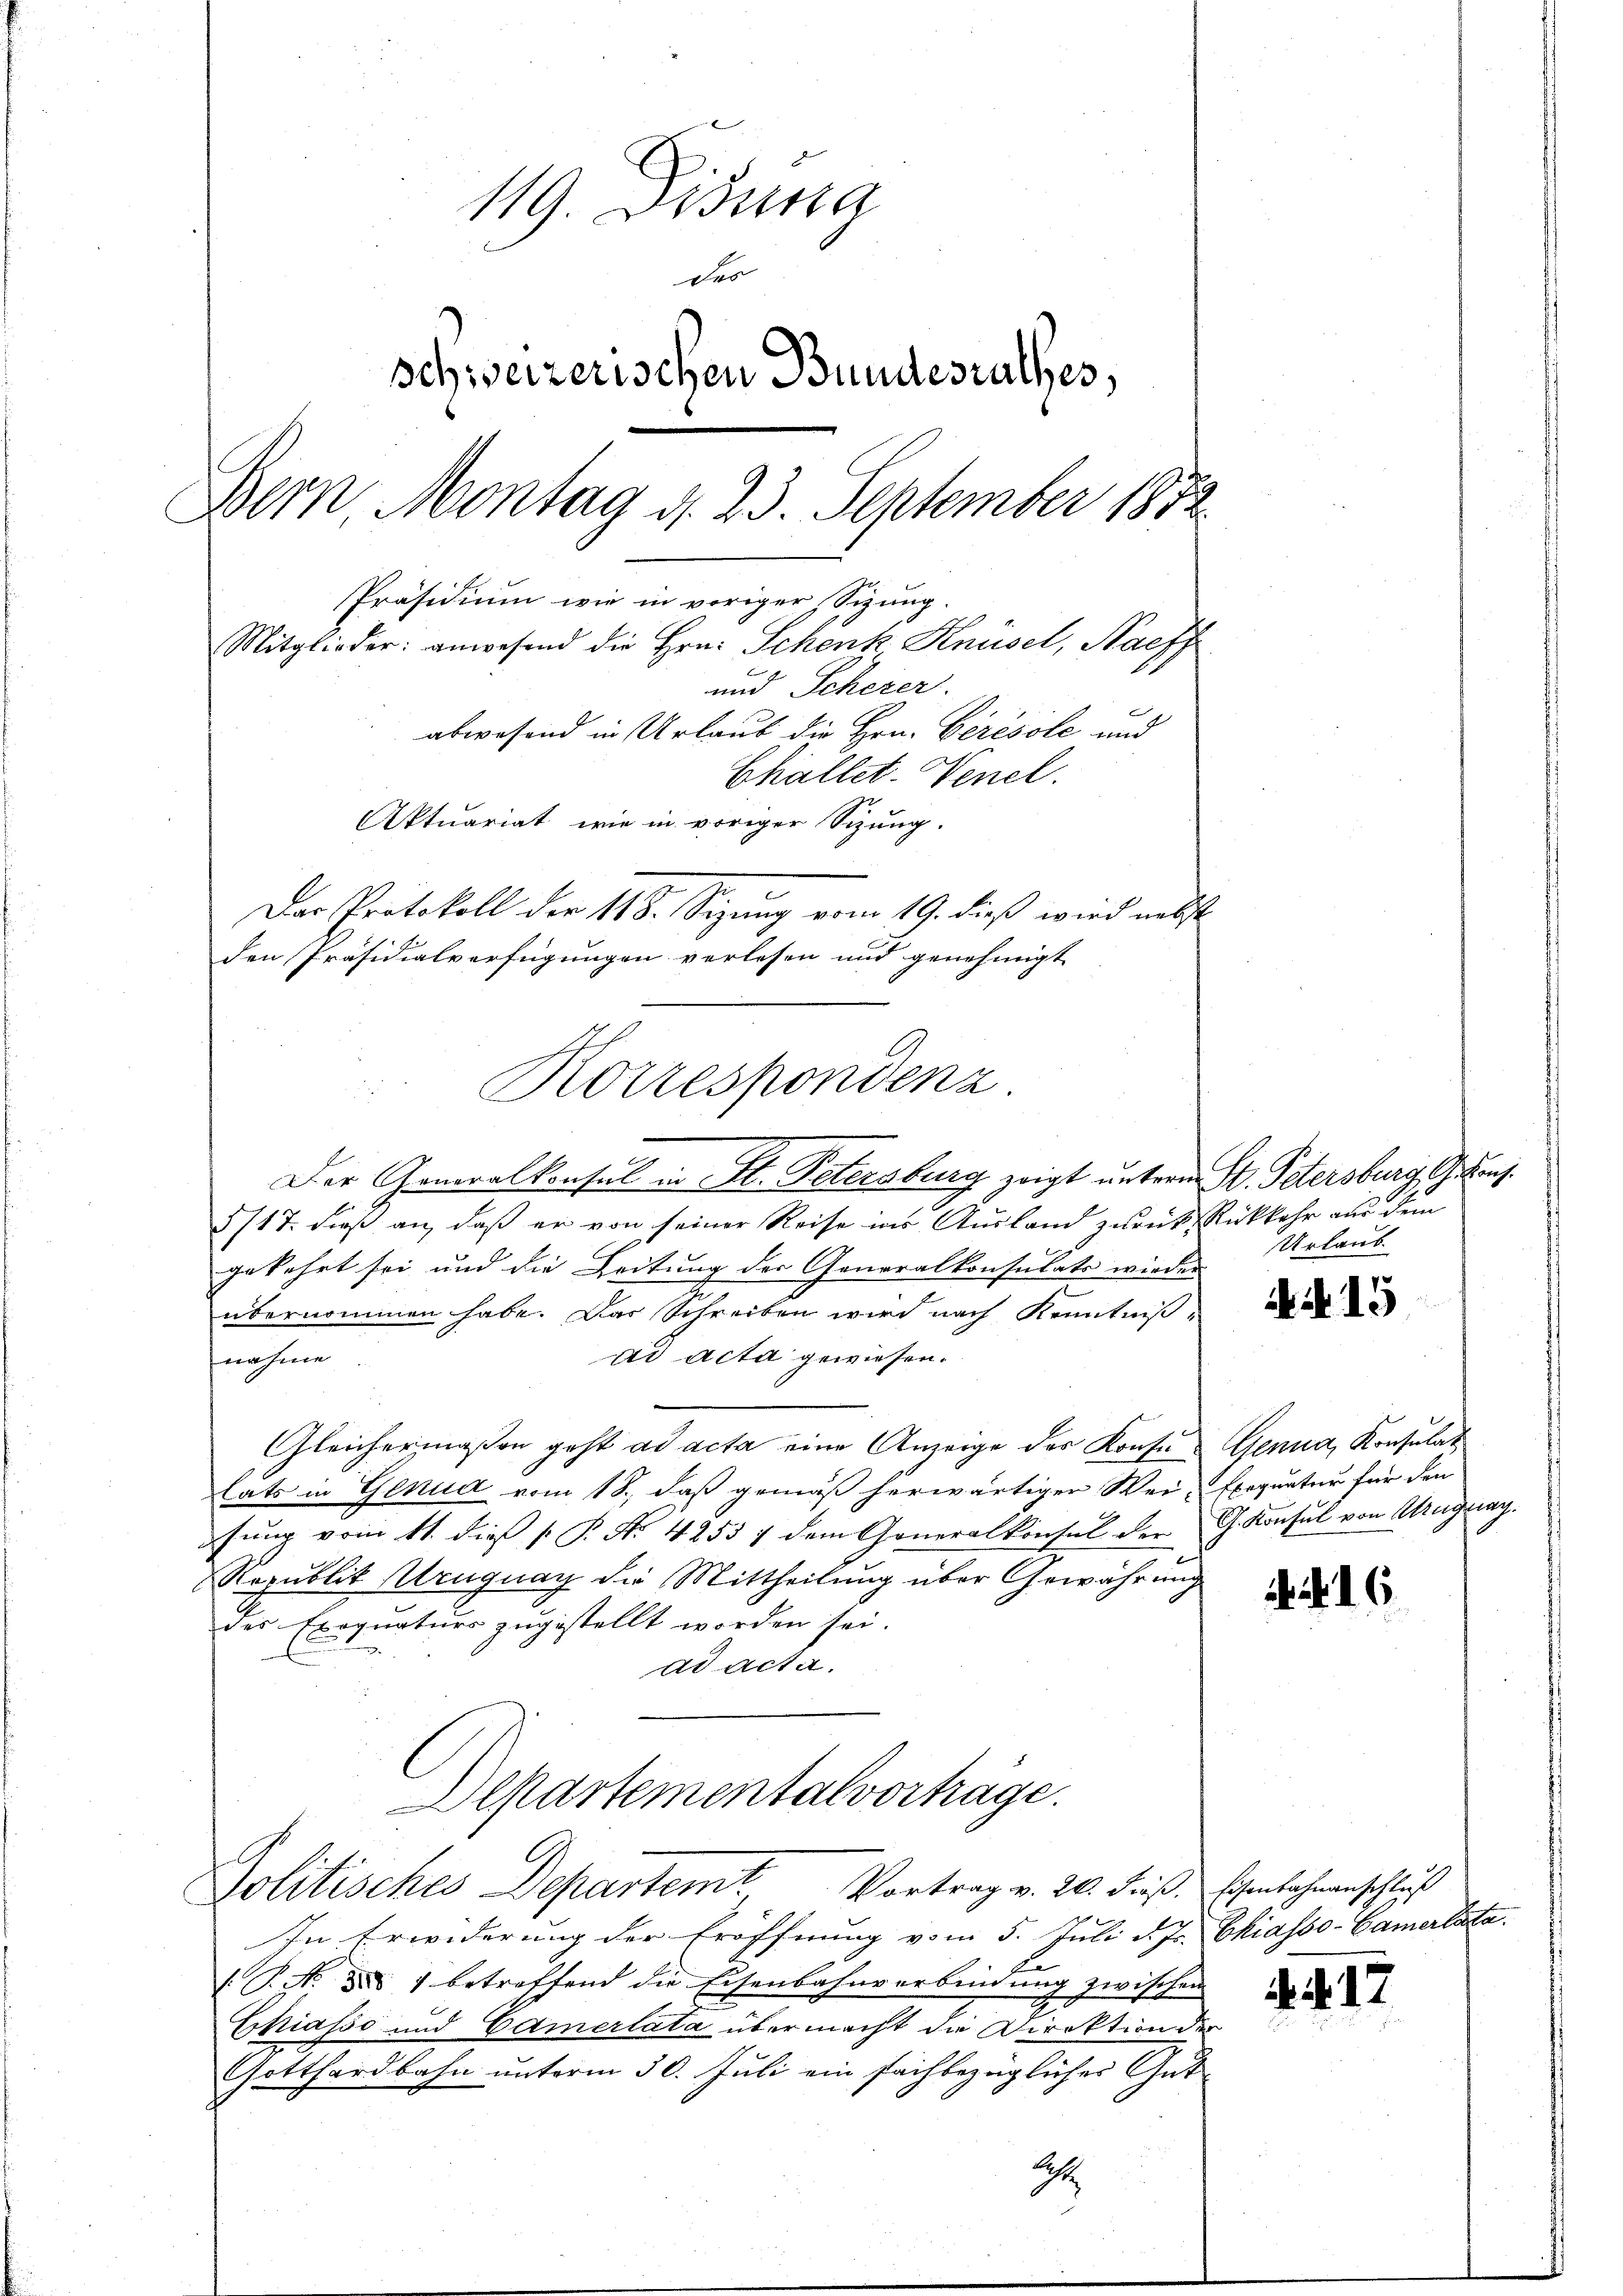
119. Dissen
des
schweizerischen Bundesrathes,
Bern Montag d. 23. September 1872
Präsidium wie in voriger Sizung.
Mitglieder: anwesend die Hrn. Schenk Knüsel, Naeff
und Scherer.
abwesend in Urlaub die Hrn. Cerésole und
Challet. Venel.
Aktuariat, wie in voriger Sitzung.
Der Protokoll der 118. Sizung vom 19. dieß wird nebst
den Präsidialverfügungen verlesen und genehmigt

Korrespondenz

Der Generalkonsul in St. Petersburg zeigt unterm 4. Petersburg, G. kons
5/17. dieß an, daß er von seiner Reise ins Ausland zurück Rückkehr aus dem
gekehrt sei und die Leitung der Generalkonsulate wieder
übernommen habe. Das Schreiben wird nach Kenntnißad acta gewiesen.
nahme.
Gleichermaßen geht ad acta eine Anzeige des Konfu
lats in Genua vom 18., daß gemäß herwärtiger Wei-Exequatur für den
fung vom 11. dieß P. Nr. 4255 / dem Generalkonsul der
Republit Uruguay die Mittheilung über Gewährung
des Exequaturs zugestellt worden sei.
ad acta.
Departementalvorträge.
Politisches Departemt Vortrag v. 20. Fuß. Eisenbahnenschluß
In Erwiderung der Eröffnung vom 5. Juli d. Js. Chiasso-Camertata.
(P.N. §§ 1 betreffend die Eisenbahnverbindung zwischen
Chiasso und Camertata übermacht die Direktion der
Gotthardbahn unterm 30. Juli ein fachbezüglicher Gut¬
A.

Urlaub.

Genua, Konsulat
G. Konsul von Uruguay.

6

15